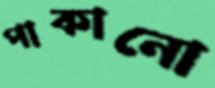
পাকানো